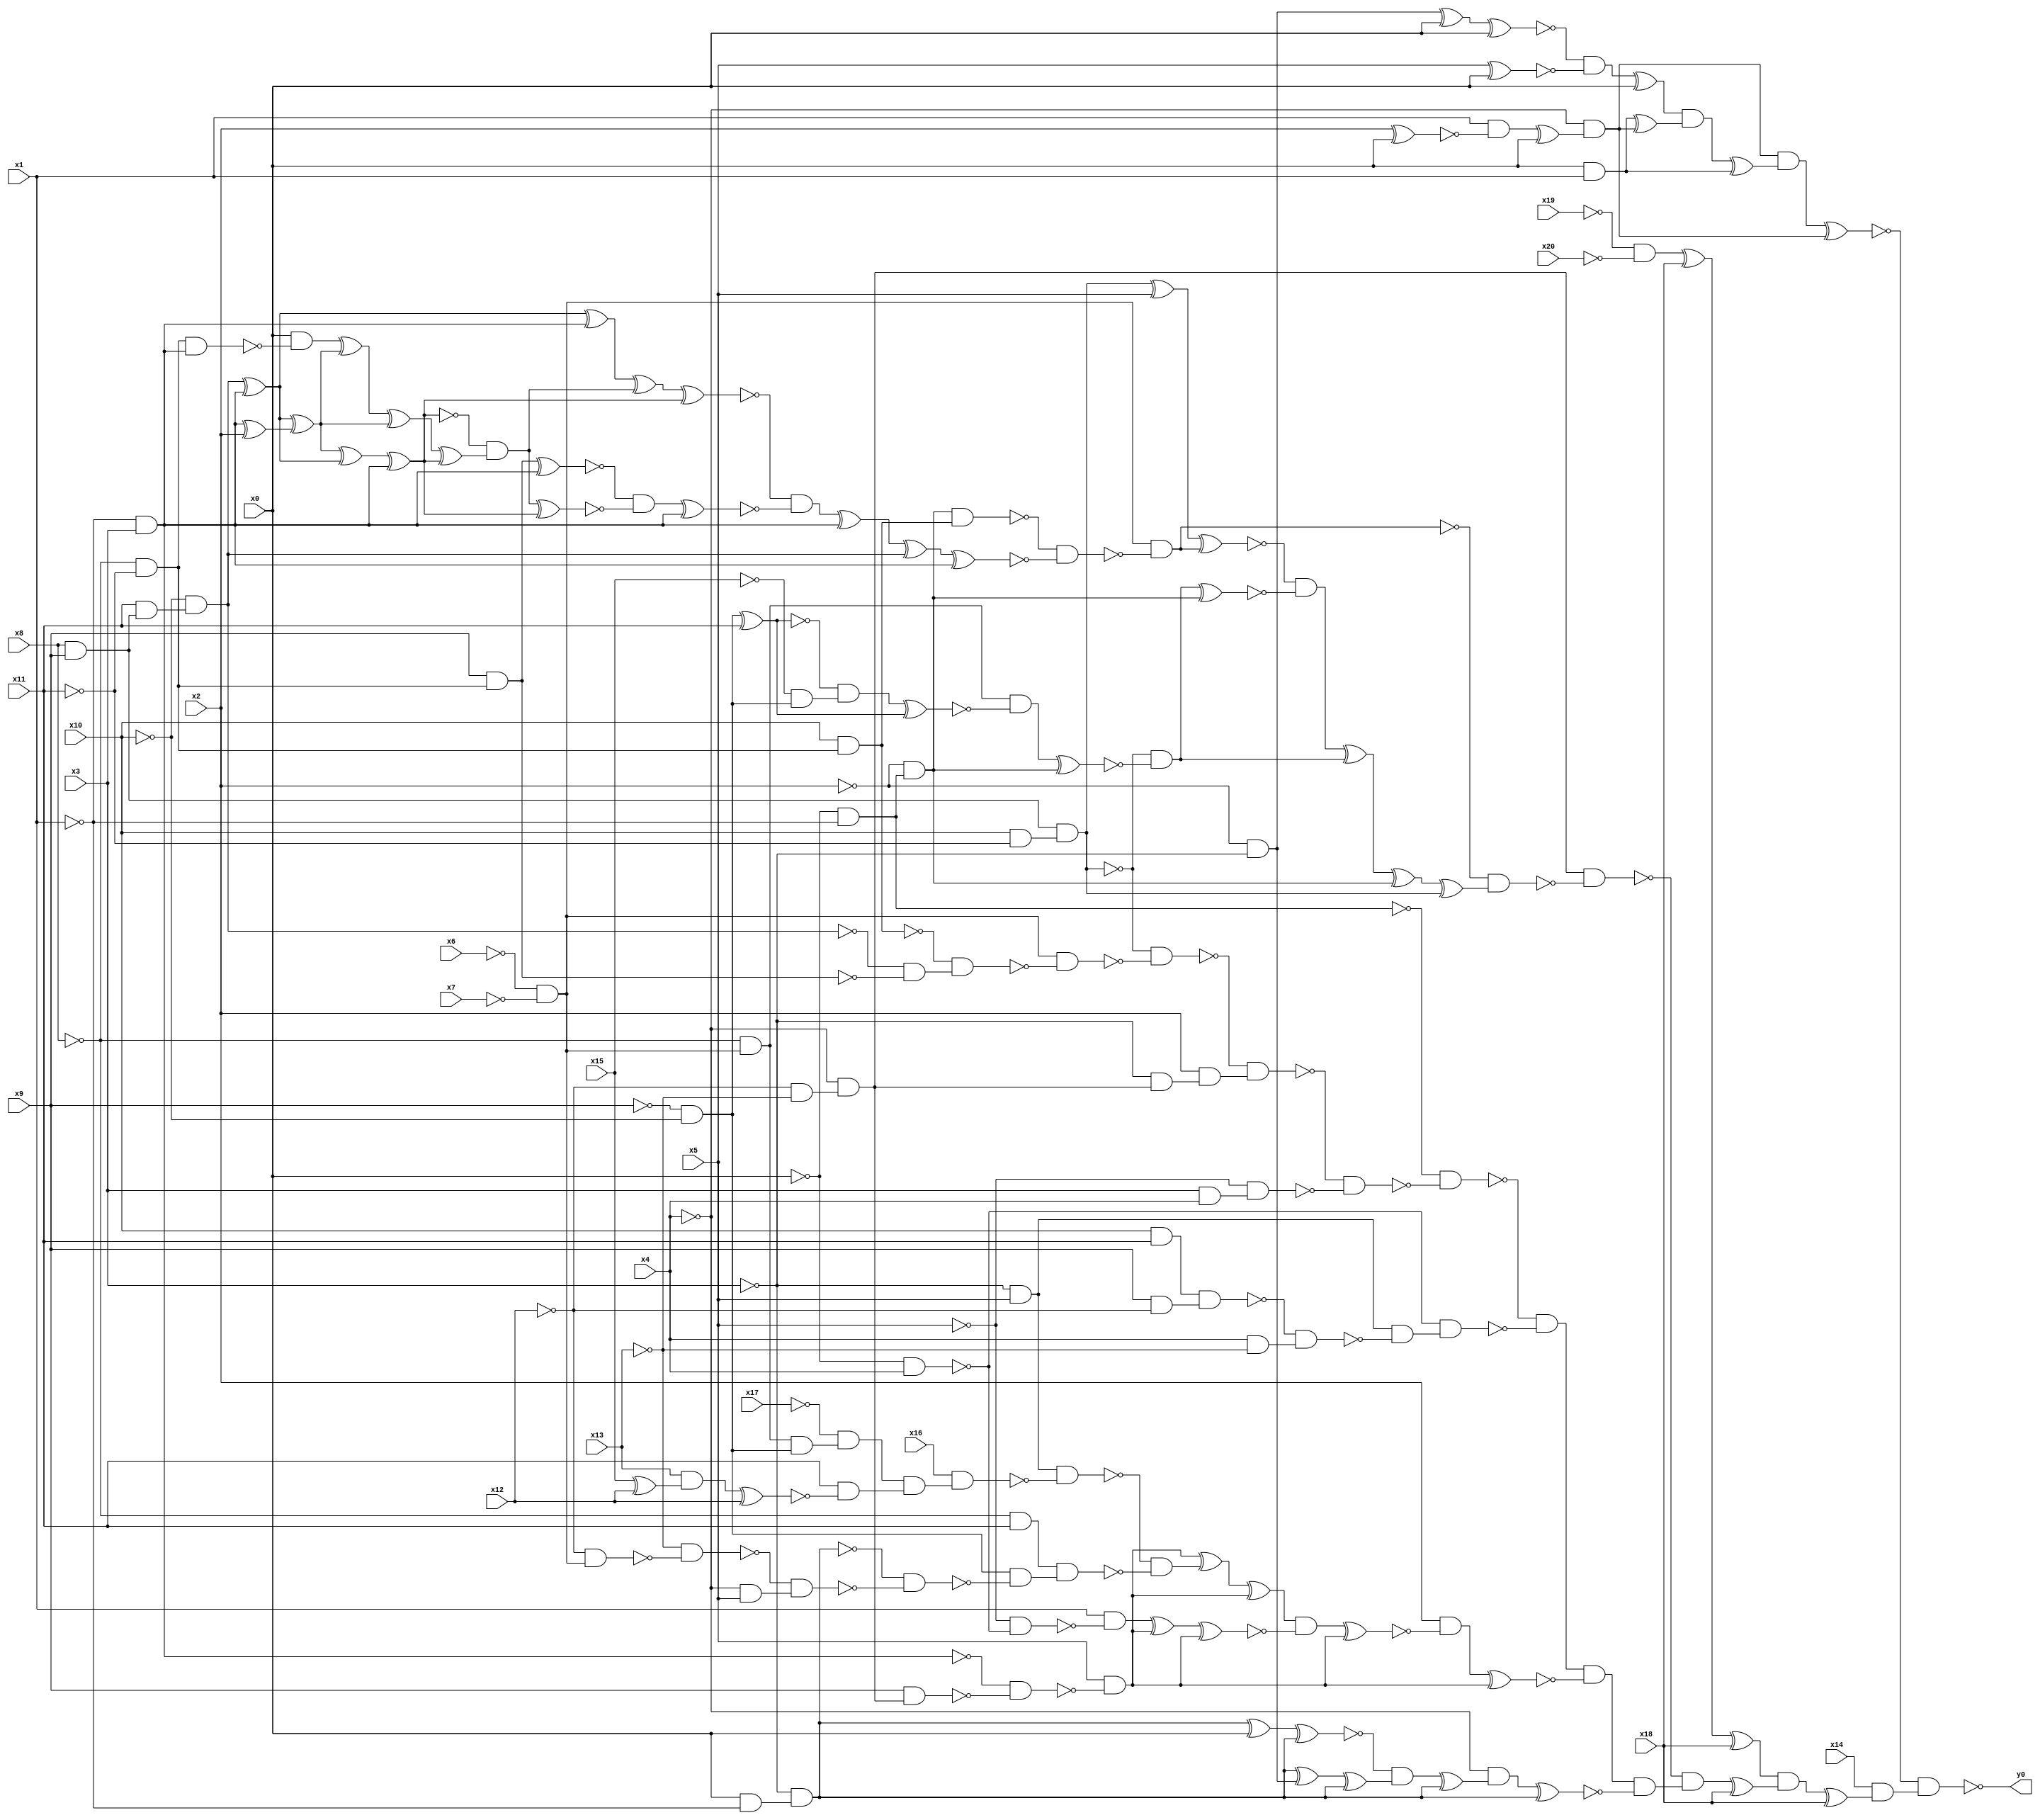
module top( x0 , x1 , x2 , x3 , x4 , x5 , x6 , x7 , x8 , x9 , x10 , x11 , x12 , x13 , x14 , x15 , x16 , x17 , x18 , x19 , x20 , y0 );
  input x0 , x1 , x2 , x3 , x4 , x5 , x6 , x7 , x8 , x9 , x10 , x11 , x12 , x13 , x14 , x15 , x16 , x17 , x18 , x19 , x20 ;
  output y0 ;
  wire n22 , n23 , n24 , n25 , n26 , n27 , n28 , n29 , n30 , n31 , n32 , n33 , n34 , n35 , n36 , n37 , n38 , n39 , n40 , n41 , n42 , n43 , n44 , n45 , n46 , n47 , n48 , n49 , n50 , n51 , n52 , n53 , n54 , n55 , n56 , n57 , n58 , n59 , n60 , n61 , n62 , n63 , n64 , n65 , n66 , n67 , n68 , n69 , n70 , n71 , n72 , n73 , n74 , n75 , n76 , n77 , n78 , n79 , n80 , n81 , n82 , n83 , n84 , n85 , n86 , n87 , n88 , n89 , n90 , n91 , n92 , n93 , n94 , n95 , n96 , n97 , n98 , n99 , n100 , n101 , n102 , n103 , n104 , n105 , n106 , n107 , n108 , n109 , n110 , n111 , n112 , n113 , n114 , n115 , n116 , n117 , n118 , n119 , n120 , n121 , n122 , n123 , n124 , n125 , n126 , n127 , n128 , n129 , n130 , n131 , n132 , n133 , n134 , n135 , n136 , n137 , n138 , n139 , n140 , n141 , n142 , n143 , n144 , n145 , n146 , n147 , n148 , n149 , n150 , n151 , n152 , n153 , n154 , n155 , n156 , n157 , n158 , n159 , n160 , n161 , n162 , n163 , n164 , n165 , n166 , n167 ;
  assign n22 = x2 ^ x0 ;
  assign n23 = x1 & ~n22 ;
  assign n24 = n23 ^ x0 ;
  assign n25 = ~x4 & n24 ;
  assign n26 = ~x2 & ~x3 ;
  assign n27 = n26 ^ x0 ;
  assign n28 = n27 ^ x0 ;
  assign n29 = x5 ^ x0 ;
  assign n30 = ~n28 & ~n29 ;
  assign n31 = n30 ^ x0 ;
  assign n32 = x0 & x1 ;
  assign n33 = n32 ^ n25 ;
  assign n34 = n31 & n33 ;
  assign n35 = n34 ^ n32 ;
  assign n36 = n25 & n35 ;
  assign n37 = n36 ^ n25 ;
  assign n38 = ~x19 & ~x20 ;
  assign n39 = n38 ^ x18 ;
  assign n40 = n39 ^ x18 ;
  assign n41 = ~x12 & ~x13 ;
  assign n42 = ~x4 & n41 ;
  assign n43 = ~x6 & ~x7 ;
  assign n44 = ~x0 & ~x1 ;
  assign n45 = ~x2 & n44 ;
  assign n46 = ~x8 & ~x11 ;
  assign n47 = x10 & n46 ;
  assign n48 = n45 & n47 ;
  assign n51 = x8 & x9 ;
  assign n52 = x11 & n51 ;
  assign n53 = ~x10 & n52 ;
  assign n49 = ~x1 & x3 ;
  assign n54 = n53 ^ n49 ;
  assign n64 = n54 ^ n49 ;
  assign n50 = n49 ^ x2 ;
  assign n55 = n54 ^ n50 ;
  assign n56 = n55 ^ n54 ;
  assign n57 = n56 ^ n49 ;
  assign n58 = n46 & n49 ;
  assign n59 = x0 & ~n58 ;
  assign n60 = n59 ^ n55 ;
  assign n61 = n60 ^ n55 ;
  assign n62 = n61 ^ n57 ;
  assign n63 = ~n57 & n62 ;
  assign n65 = n64 ^ n63 ;
  assign n66 = n65 ^ n57 ;
  assign n67 = x9 & n46 ;
  assign n68 = n67 ^ n49 ;
  assign n69 = n63 ^ n57 ;
  assign n70 = ~n68 & ~n69 ;
  assign n71 = n70 ^ n49 ;
  assign n72 = ~n66 & ~n71 ;
  assign n73 = n72 ^ n49 ;
  assign n74 = n73 ^ n53 ;
  assign n75 = n74 ^ n49 ;
  assign n76 = ~n48 & ~n75 ;
  assign n77 = n43 & ~n76 ;
  assign n78 = x10 & ~x11 ;
  assign n79 = n51 & n78 ;
  assign n80 = n79 ^ x5 ;
  assign n81 = n80 ^ n77 ;
  assign n82 = ~x8 & n43 ;
  assign n83 = ~x9 & ~x10 ;
  assign n84 = n83 ^ x11 ;
  assign n85 = ~x15 & n83 ;
  assign n86 = ~n84 & n85 ;
  assign n87 = n86 ^ n84 ;
  assign n88 = n82 & ~n87 ;
  assign n89 = n88 ^ n45 ;
  assign n90 = ~n79 & ~n89 ;
  assign n91 = n90 ^ n45 ;
  assign n92 = ~n81 & ~n91 ;
  assign n93 = n92 ^ n90 ;
  assign n94 = n93 ^ n45 ;
  assign n95 = n94 ^ n79 ;
  assign n96 = ~n77 & n95 ;
  assign n97 = n42 & ~n96 ;
  assign n98 = ~n53 & ~n67 ;
  assign n99 = ~n47 & n98 ;
  assign n100 = n43 & ~n99 ;
  assign n101 = ~n79 & ~n100 ;
  assign n102 = ~x3 & n42 ;
  assign n103 = x2 & n102 ;
  assign n104 = ~n101 & n103 ;
  assign n105 = x3 & x4 ;
  assign n106 = ~x5 & n105 ;
  assign n107 = ~n104 & ~n106 ;
  assign n108 = ~n44 & ~n107 ;
  assign n109 = ~x0 & x4 ;
  assign n110 = ~x3 & x5 ;
  assign n111 = x10 & x11 ;
  assign n112 = x9 & ~x12 ;
  assign n113 = n111 & n112 ;
  assign n114 = x4 & ~x13 ;
  assign n115 = ~n113 & n114 ;
  assign n116 = n110 & ~n115 ;
  assign n117 = ~n109 & n116 ;
  assign n118 = ~n108 & ~n117 ;
  assign n139 = x9 & n42 ;
  assign n140 = ~n49 & ~n139 ;
  assign n141 = x5 & ~n140 ;
  assign n119 = n82 & n83 ;
  assign n120 = ~x17 & n119 ;
  assign n121 = x15 ^ x12 ;
  assign n122 = x13 & n121 ;
  assign n123 = n122 ^ x12 ;
  assign n124 = x11 & ~n123 ;
  assign n125 = n120 & n124 ;
  assign n126 = x16 & n125 ;
  assign n127 = n110 & ~n126 ;
  assign n128 = ~x8 & x11 ;
  assign n129 = x0 & ~x1 ;
  assign n130 = ~x3 & n129 ;
  assign n131 = ~x12 & n43 ;
  assign n132 = ~x13 & ~n131 ;
  assign n133 = ~x4 & x5 ;
  assign n134 = ~n132 & n133 ;
  assign n135 = ~n130 & ~n134 ;
  assign n136 = n83 & ~n135 ;
  assign n137 = n128 & n136 ;
  assign n138 = ~n127 & ~n137 ;
  assign n142 = n141 ^ n138 ;
  assign n143 = n142 ^ n141 ;
  assign n144 = ~x5 & ~n109 ;
  assign n145 = x1 & ~n144 ;
  assign n146 = n145 ^ n141 ;
  assign n147 = n146 ^ n141 ;
  assign n148 = n143 & ~n147 ;
  assign n149 = n148 ^ n141 ;
  assign n150 = x2 & ~n149 ;
  assign n151 = n150 ^ n141 ;
  assign n152 = n118 & ~n151 ;
  assign n153 = n130 ^ x0 ;
  assign n154 = n153 ^ n130 ;
  assign n155 = n130 ^ n26 ;
  assign n156 = n155 ^ n130 ;
  assign n157 = ~n154 & n156 ;
  assign n158 = n157 ^ n130 ;
  assign n159 = ~x4 & n158 ;
  assign n160 = n159 ^ n130 ;
  assign n161 = n152 & ~n160 ;
  assign n162 = ~n97 & n161 ;
  assign n163 = n162 ^ x18 ;
  assign n164 = n40 & n163 ;
  assign n165 = n164 ^ x18 ;
  assign n166 = x14 & n165 ;
  assign n167 = ~n37 & n166 ;
  assign y0 = ~n167 ;
endmodule